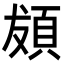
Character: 𩑱